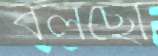
বলছো